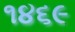
૧૪૬૯